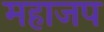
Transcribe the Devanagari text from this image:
महाजप